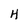
Character: H